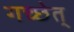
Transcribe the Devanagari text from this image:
गच्छेत्‌